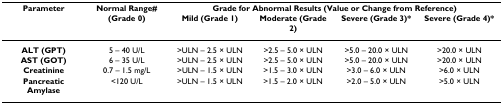
| Parameter | Normal Range# | <COLSPAN=4> Grade for Abnormal Results (Value or Change from Reference) |
 |  | (Grade 0) | Mild (Grade 1) | Moderate (Grade 2) | Severe (Grade 3)* | Severe (Grade 4)* |
 | --- | --- | --- | --- | --- | --- |
 | ALT (GPT) | 5 – 40 U/L | >ULN – 2.5 × ULN | >2.5 – 5.0 × ULN | >5.0 – 20.0 × ULN | >20.0 × ULN |
 | AST (GOT) | 6 – 35 U/L | >ULN – 2.5 × ULN | >2.5 – 5.0 × ULN | >5.0 – 20.0 × ULN | >20.0 × ULN |
 | Creatinine | 0.7 – 1.5 mg/L | >ULN – 1.5 × ULN | >1.5 – 3.0 × ULN | >3.0 – 6.0 × ULN | >6.0 × ULN |
 | Pancreatic Amylase | <120 U/L | >ULN – 1.5 × ULN | >1.5 – 2.0 × ULN | >2.0 – 5.0 × ULN | >5.0 × ULN |